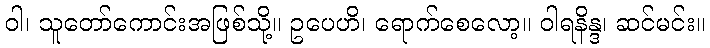
ဝါ၊ သူတော်ကောင်းအဖြစ်သို့။ ဥပေဟိ၊ ရောက်စေလော့။ ဝါရနိန္ဒ၊ ဆင်မင်း။